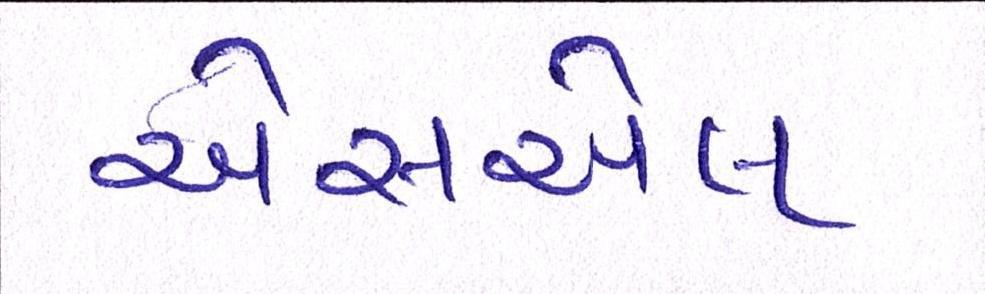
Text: એસએલ